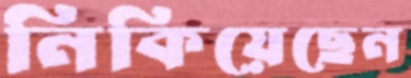
নিকিয়েছেন